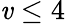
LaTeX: \mathit{v}\leq4